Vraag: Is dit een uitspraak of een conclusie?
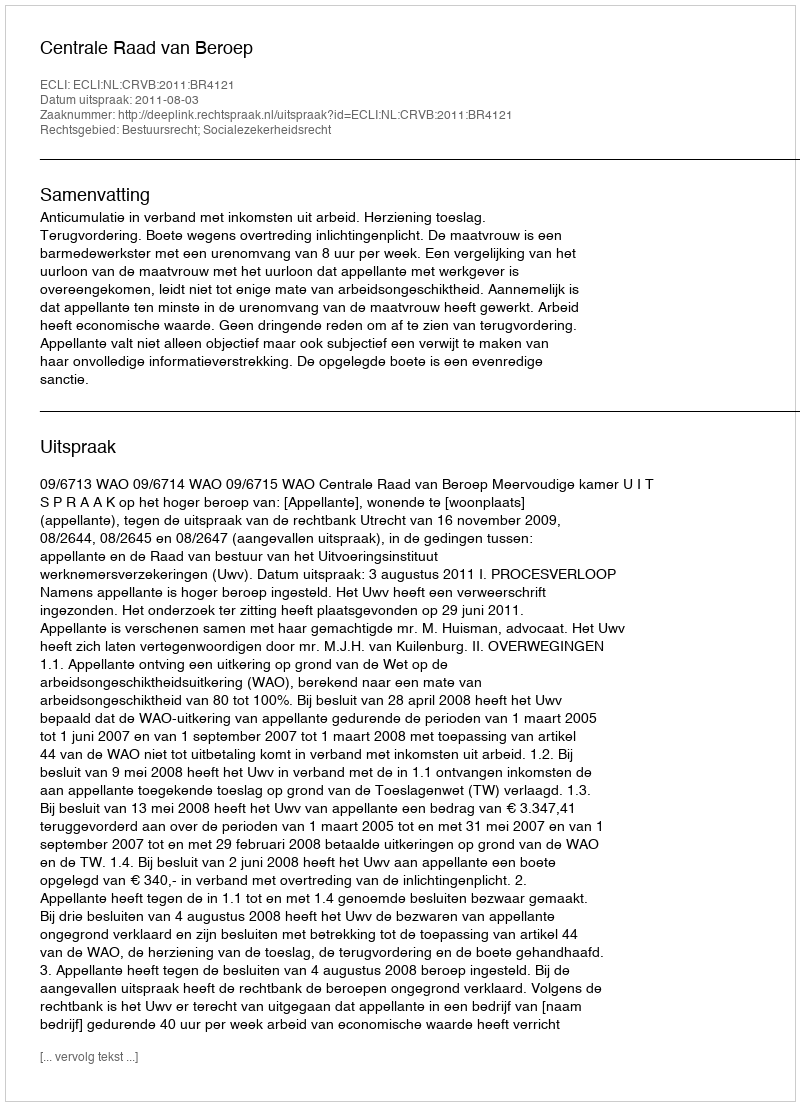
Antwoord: Uitspraak